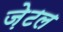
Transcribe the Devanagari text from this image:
ज़ेटल